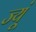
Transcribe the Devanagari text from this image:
ज्यूं